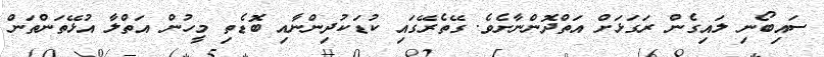
ސައިބޯނި ލައިގެން ރަގަޅަށް އަތްދޮންނާށެވެ. ގޭތެރޭގައި ކުޑަކުދިންނާއި ބޮޑެތި މީހުން އަތްލާ އުޅޭތަންތަން